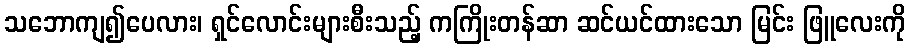
သဘောကျ၍ပေလား၊ ရှင်လောင်းများစီးသည့် ကကြိုးတန်ဆာ ဆင်ယင်ထားသော မြင်း ဖြူလေးကို